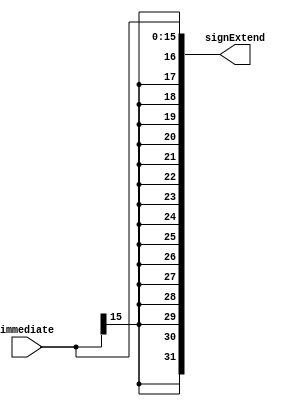
`timescale 1ns / 1ps
//////////////////////////////////////////////////////////////////////////////////
// Company: 
// Engineer: 
// 
// Design Name: 
// Module Name:    SignExtend 
// Project Name: 
// Target Devices: 
// Tool versions: 
// Description: 
//
// Dependencies: 
//
// Revision: 
// Revision 0.01 - File Created
// Additional Comments: 
//
//////////////////////////////////////////////////////////////////////////////////
module SignExtend (
   input [15:0] immediate,
	output [31:0] signExtend
    );
	 
	 assign signExtend = {{16{immediate[15]}}, immediate[15:0]};


endmodule